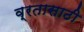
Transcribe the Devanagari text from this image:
व्रतासाठी